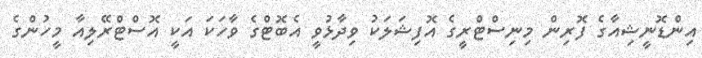
އިންޑޮނީޝިއާގެ ފޮރިން މިނިސްޓްރީގެ އޮފިޝަލަކު ވިދާޅުވީ އެބޮޓްގެ ވާހަކަ އަކީ އޮސްޓްރޭލިއާ މީހުންގެ